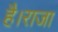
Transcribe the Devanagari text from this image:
है।राजा